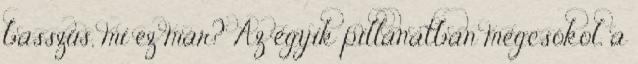
basszus, mi ez már? Az egyik pillanatban megcsókol, a